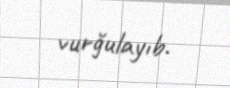
vurğulayıb.